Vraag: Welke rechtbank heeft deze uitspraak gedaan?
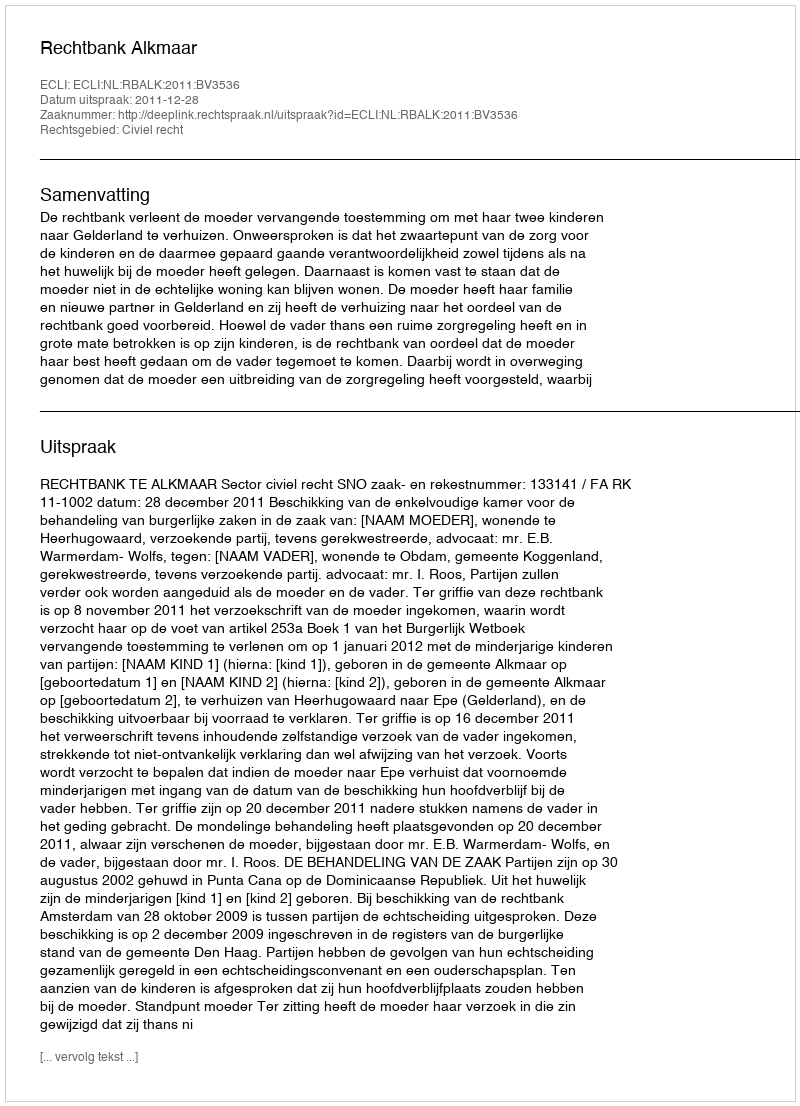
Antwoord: Rechtbank Alkmaar